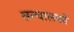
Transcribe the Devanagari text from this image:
सन्चालकों